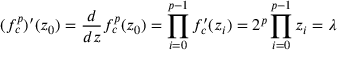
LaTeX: ( f _ { c } ^ { p } ) ^ { \prime } ( z _ { 0 } ) = { \frac { d } { d z } } f _ { c } ^ { p } ( z _ { 0 } ) = \prod _ { i = 0 } ^ { p - 1 } f _ { c } ^ { \prime } ( z _ { i } ) = 2 ^ { p } \prod _ { i = 0 } ^ { p - 1 } z _ { i } = \lambda